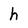
Character: h